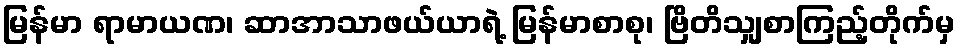
မြန်မာ ရာမာယဏ၊ ဆာအာသာဖယ်ယာရဲ့ မြန်မာစာစု၊ ဗြိတိသျှစာကြည့်တိုက်မှ